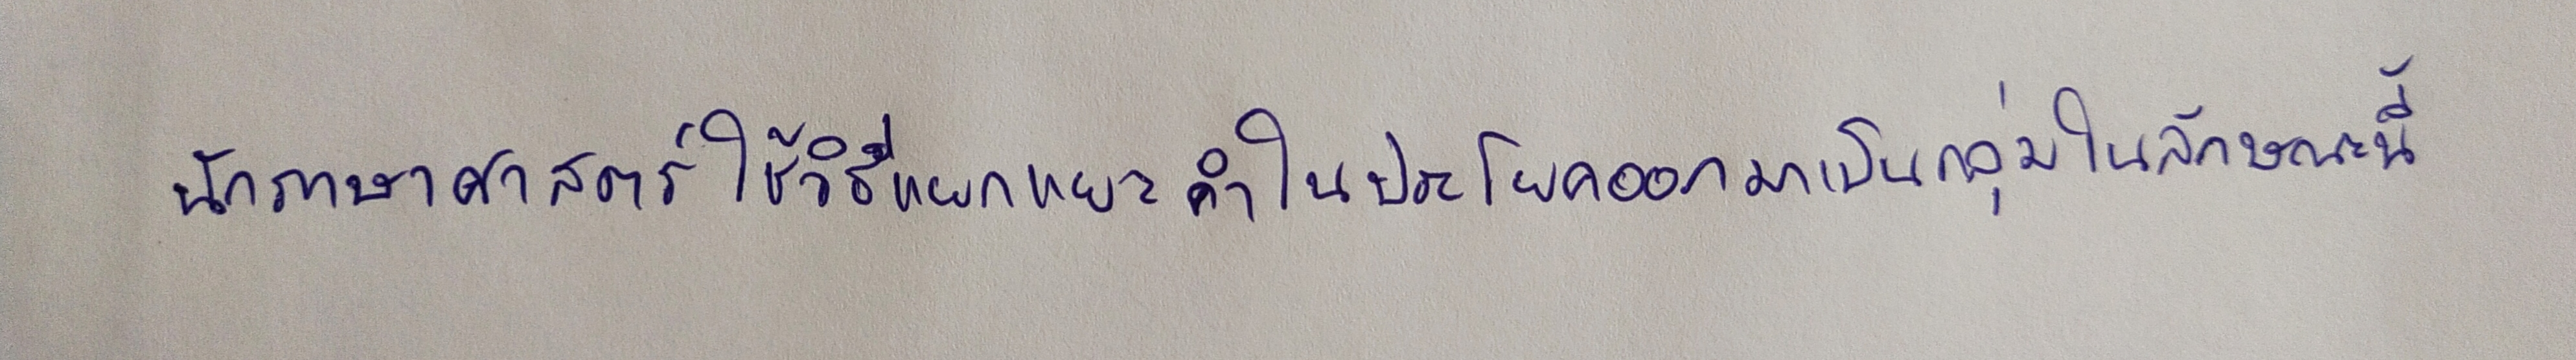
นักภาษาศาสตร์ใช้วิธีแยกแยะคำในประโยคออกมาเป็นกลุ่มในลักษณะนี้